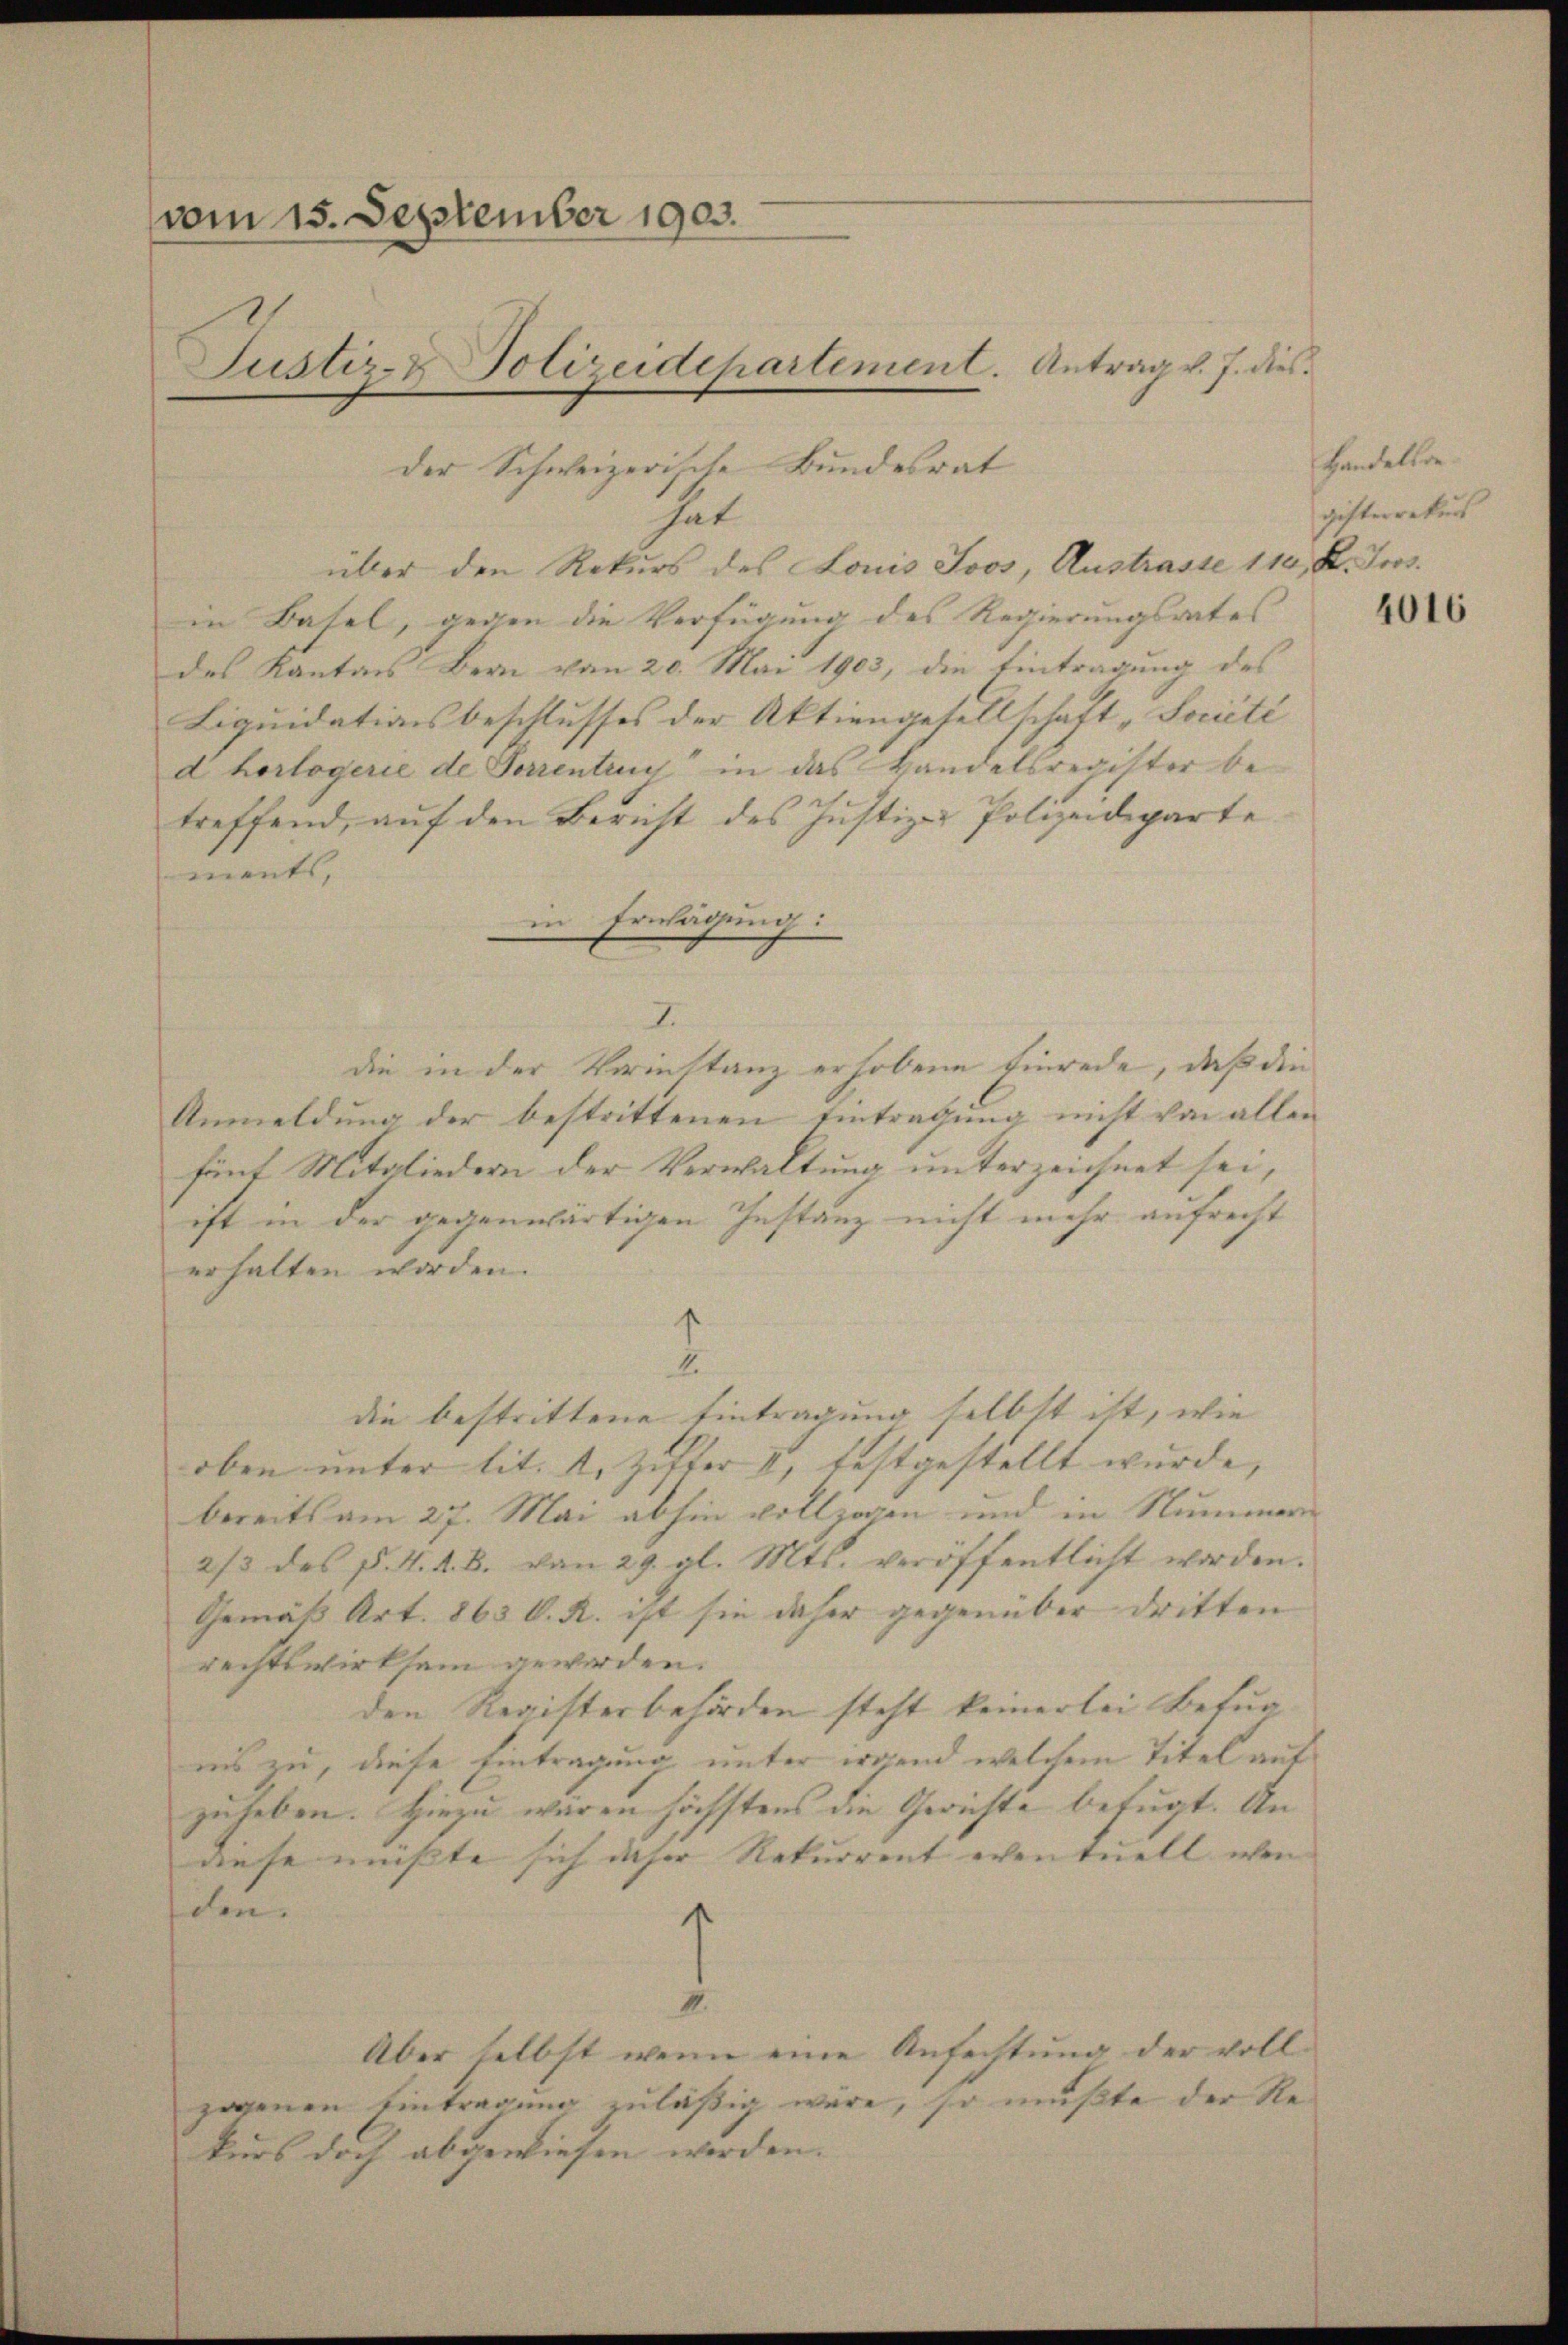
vom 15. September 1903.
Justiz- & Polizeidchartement. Antrag v. J. dies
der Schweizerische Bundesrat

I.
die in der Verinstanz erhobene Einrede, daß die
Anmeldung der bestrittenen Eintragung nicht von allen
fünf Mitgliedern der Verwaltung unterzeichnet sei,
ist in der gegenwärtigen Instanz nicht mehr aufrecht
erhalten worden.
.
die bestrittene Eintragung selbst ist, wie
oben unter lit. 1. Ziffer II, festgestellt wurde, |
bereits am 27. Mai abhin vollzogen und in Nummer
2/3 des P. N. 4. B. von 29. gl. Mts. veröffentlicht worden.
Gemäß Art. 863 C. R. ist sie daher gegenüber dritten |
rechtswirksam geworden.
den Registerbehörden steht keinerlei Betua
nis zu, diese Eintragung unter irgend welchem Titel aus
zuleben. Hiezu wären höchstens die Gerichte befugt. An
aese mußte sich daher Rekurrent eventuell wen
den.
s

hat
über den Rekurs des Louis Joos, Austrasse 110 K. Jros.
in Basel, gegen die Verfügung des Regierungsrates
des Kantons Bern von 20. Mai 1903, die Eintragung des
Liquidationsbeschlusses der Aktiengesellschaft „Société
d horlogerie de Sorrentrug in das Handelsregister be-
treffend, aŭf den Bericht des Justiz- Polizeideparte
ments,
in Erwägung:

Handels de
gisterrekurs
4016

II.
Aber selbst wenn eine Anfechtung der voll-
zogenen Eintragung zuläßig wäre, so mußte der Rekurs doch abgewiesen werden. |